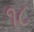
૧૮